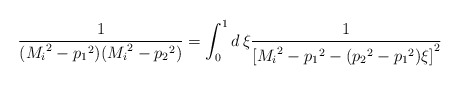
\begin{align*}\frac{1}{({M_{i}}^2-{p_{1}}^2)({M_{i}}^2-{p_{2}}^2)}=\int_{0}^{1} d\,\xi \frac{1}{{[{M_{i}}^2-{p_{1}}^2-({p_{2}}^2-{p_{1}}^2)\xi]}^2}\end{align*}